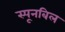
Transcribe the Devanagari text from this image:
स्पूनबिल